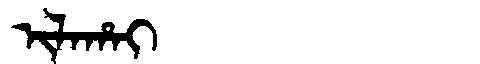
Manchu: ᡳᠯᠠᡥᠠᡳ
Romanization: ILAHAI